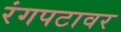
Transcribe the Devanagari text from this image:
रंगपटावर